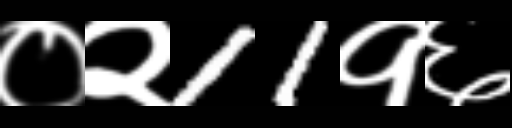
Text: ०२11१६